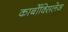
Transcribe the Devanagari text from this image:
कार्बोक्सिलेज